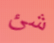
شئ